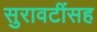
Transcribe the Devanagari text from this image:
सुरावटींसह